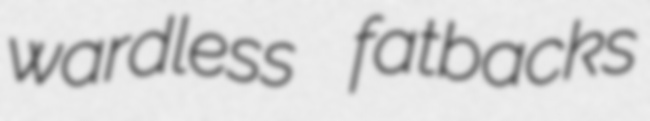
wardless fatbacks